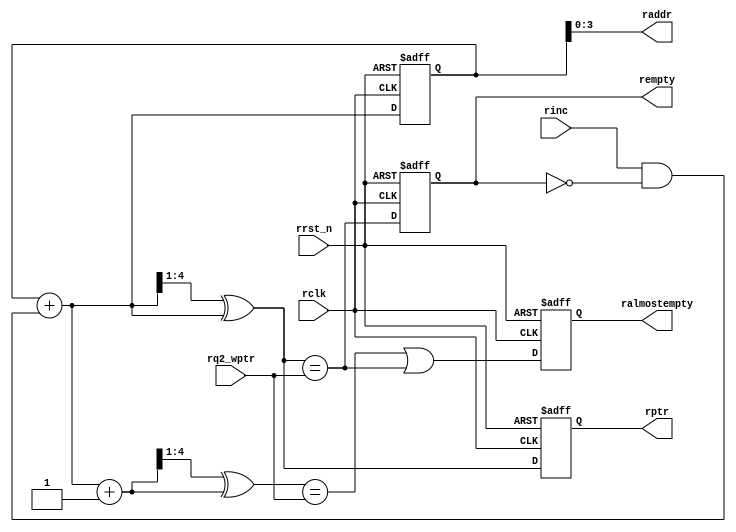
`timescale 1ns/1ps
`default_nettype none
  
module rptr_empty #(parameter ADDRSIZE = 4)
   (
    output wire                 rempty,
    output wire                ralmostempty,
    output wire [ADDRSIZE-1:0] raddr,
    output wire [ADDRSIZE  :0] rptr,
    input  wire [ADDRSIZE  :0] rq2_wptr,
    input  wire                rinc,
    input  wire                rclk,
    input  wire                rrst_n
    );
   
   reg [ADDRSIZE:0] 	      rbin;
   wire [ADDRSIZE:0] 	      rgraynext, rbinnext;
   wire [ADDRSIZE:0] 	      rgraynextnext, rbinnextnext;

   wire rempty_val;
   wire ralmostempty_val;

   reg 	rempty_int;
   reg 	ralmostempty_int;
   reg [ADDRSIZE  :0] rptr_int;
   assign rempty = rempty_int;
   assign ralmostempty = ralmostempty_int;
   assign rptr =  rptr_int;
   
   
   
   //-------------------
   // GRAYSTYLE2 pointer
   //-------------------
   always @(posedge rclk or negedge rrst_n)
     if (!rrst_n) {rbin, rptr_int} <= {{ADDRSIZE{1'b0}}, 1'b0,
				   {ADDRSIZE{1'b0}}, 1'b0};
     else         {rbin, rptr_int} <= {rbinnext, rgraynext};
   
   // Memory read-address pointer (okay to use binary to address memory)
   assign raddr     = rbin[ADDRSIZE-1:0];
   assign rbinnext  = rbin + (rinc & ~rempty_int);
    // dantrim [START]
   //dantrimassign rbinnext  = rbin + ((rinc & ~rempty) & (rrst_n == 1));
    // dantrim [END]
   assign rgraynext = (rbinnext>>1) ^ rbinnext;

   /*
    * Almost empty
    */
   assign rbinnextnext  = rbinnext + 1'b1;
   assign rgraynextnext = (rbinnextnext>>1) ^ rbinnextnext;
   
   //---------------------------------------------------------------
   // FIFO empty when the next rptr == synchronized wptr or on reset
   //---------------------------------------------------------------
   assign rempty_val = (rgraynext == rq2_wptr);

   assign ralmostempty_val = (rgraynextnext == rq2_wptr);
   
   always @(posedge rclk or negedge rrst_n)
     if (!rrst_n) rempty_int <= 1'b1;
     else         rempty_int <= rempty_val;

   always @(posedge rclk or negedge rrst_n)
     if (!rrst_n) ralmostempty_int <= 1'b1;
     else         ralmostempty_int <= ralmostempty_val | rempty_val;
   
endmodule // rptr_empty

`default_nettype wire